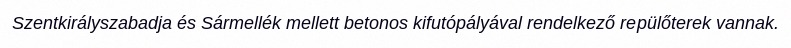
Szentkirályszabadja és Sármellék mellett betonos kifutópályával rendelkező repülőterek vannak.